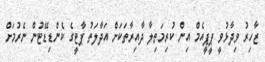
ޒާހިރު ވިދާޅުވީ ޕީޕީއެމް އިން ކުރިމަތިލާ ދާއިރާތަކަށް އަދާލަތު ޕާޓީގެ ކެންޑިޑޭޓުން ނެރުމަށް